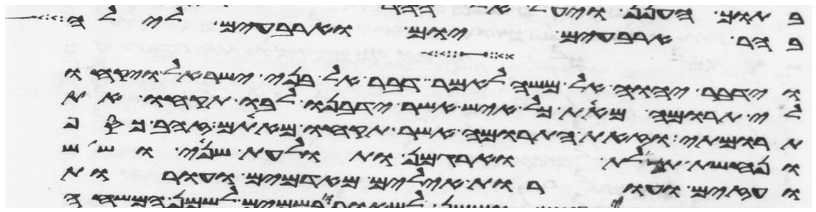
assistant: בהר ארבעים יום וארבעים לילה
וידבר יהוה אל משה לאמר דבר אל בני ישראל ויקחו
לי תרומה מאת כל איש אשר ידבנו לבו תקחו את
תרומתי וזאת התרומה אשר תקחו מאתם זהב כסף
ונחשת תכלת וארגמן ותולעת שני ושש
ועזים ועורות אילים מאדמים ועורות